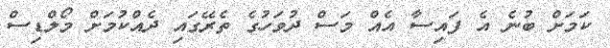
ކަމަށް ބުނެ އެ ފައިސާ އެއް މަސް ދުވަހުގެ ތެރޭގައި ދެއްކުމަށް މޯލްޑިސް